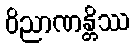
ဝိညာဏန္တိဿ